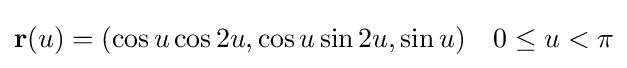
\mathbf {r} (u)=(\cos u\cos 2u,\cos u\sin 2u,\sin u)\quad 0\leq u<\pi